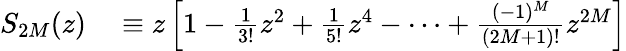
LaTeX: \begin{array}{rl}{S_{2M}(z)}&{{}\equiv z\left[1-\frac{1}{3!}z^{2}+\frac{1}{5!}z^{4}-\cdots+\frac{(-1)^{M}}{(2M+1)!}z^{2M}\right]}\end{array}